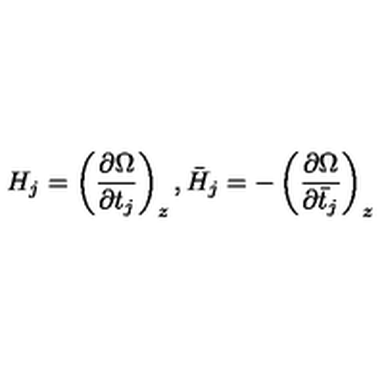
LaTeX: H _ { j } = \left( \frac { \partial \Omega } { \partial t _ { j } } \right) _ { z } , \bar { H } _ { j } = - \left( \frac { \partial \Omega } { \partial \bar { t } _ { j } } \right) _ { z }